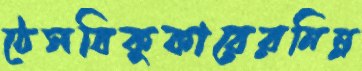
ঠেসবিকুকারেরনিম্ন